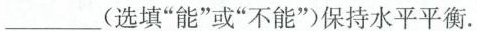
___(选填”能”或”不能”)保持水平平衡.